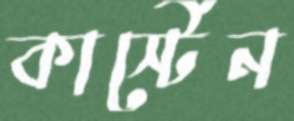
কার্স্টেন